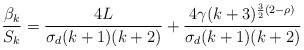
LaTeX: \begin{align*}\frac{\beta_k}{S_k}=\frac{4L}{\sigma_d(k+1)(k+2)}+\frac{4\gamma(k+3)^{\frac{3}{2}(2-\rho)}}{\sigma_d(k+1)(k+2)}\end{align*}